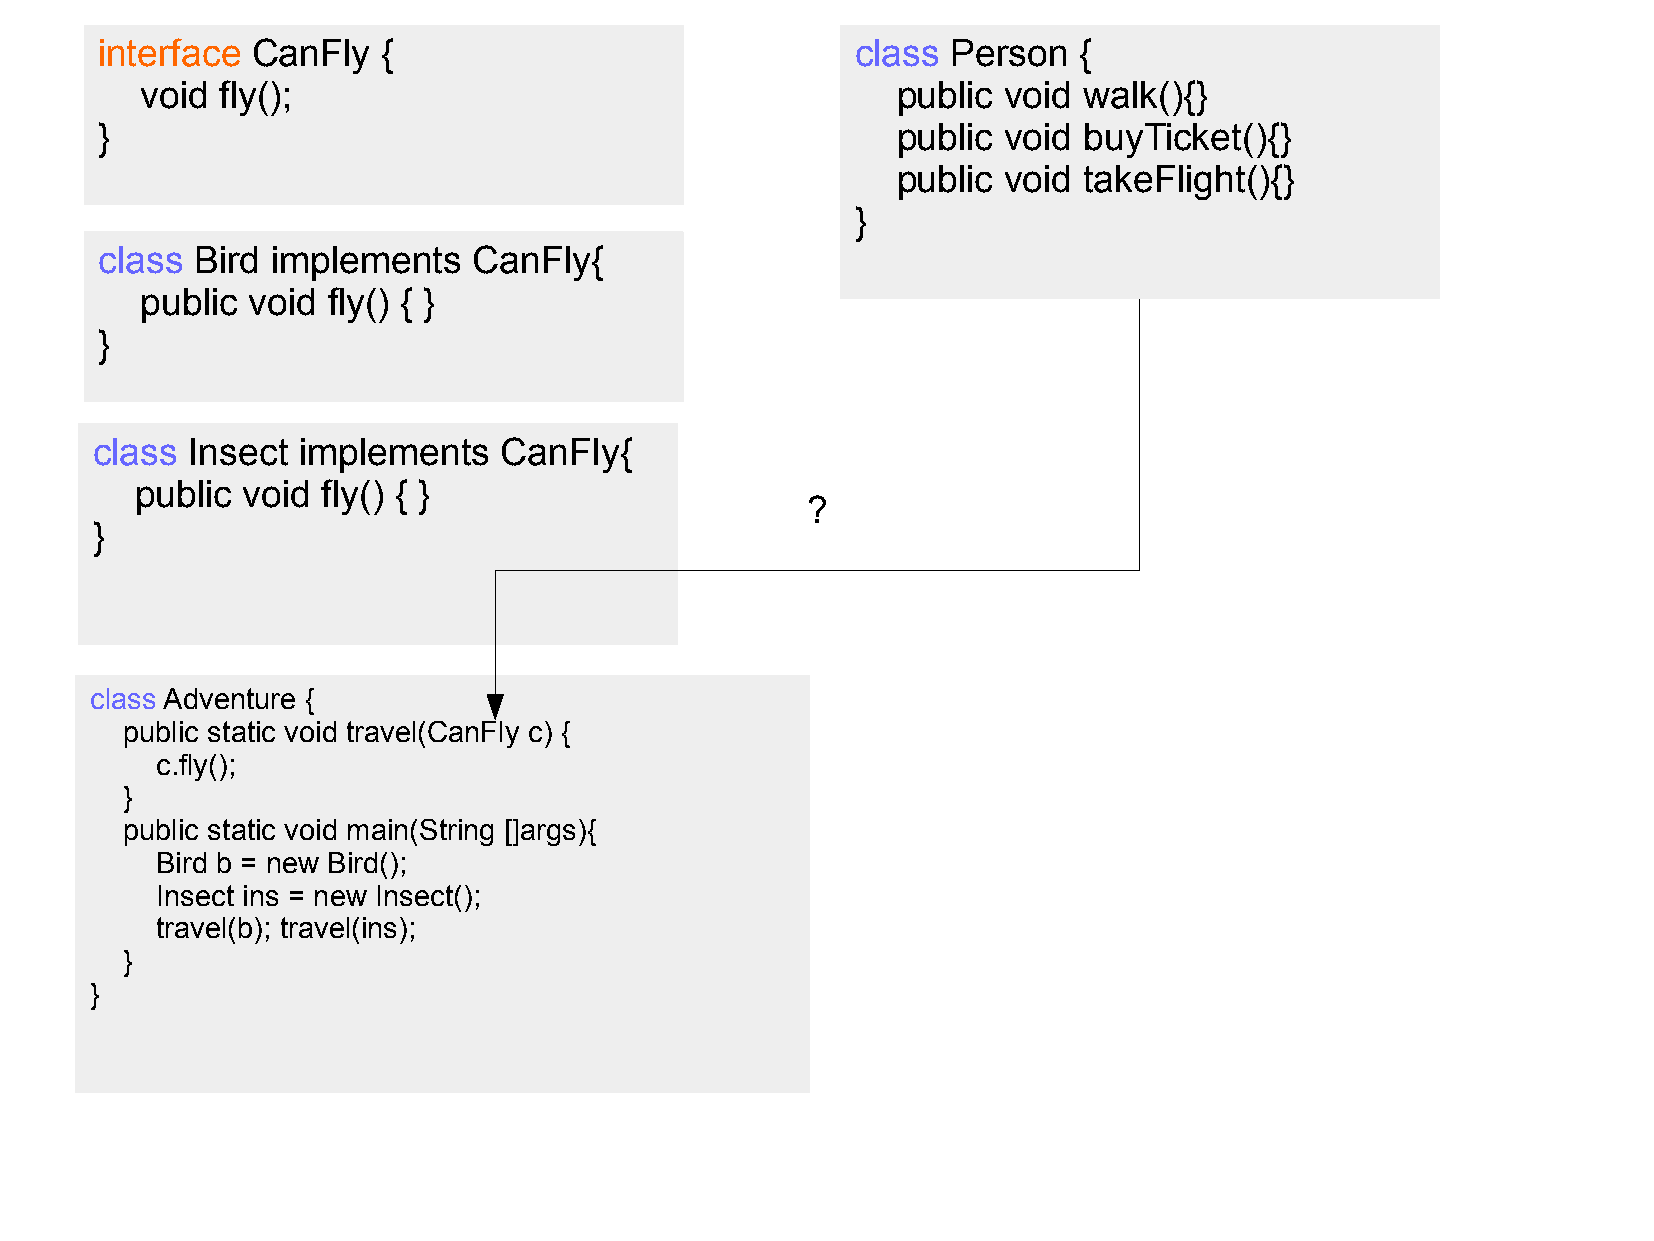
interface CanFly  {                               class Person  {
 void  fly();                                      public void  walk(){}
 }                                                   public void  buyTicket(){}
 public void  takeFlight(){}
 }
 class Bird implements   CanFly{
 public void  fly() { }
 }
 class Insect  implements   CanFly{
 public void fly() { }
 ?
 }
 class Adventure {
 public static void travel(CanFly c) {
 c.fly();
 }
 public static void main(String []args){
 Bird b = new Bird();
 Insect ins = new Insect();
 travel(b); travel(ins);
 }
 }